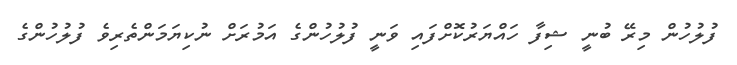
ފުލުހުން މިރޭ ބުނީ ޝިފާ ހައްޔަރުކޮށްފައި ވަނީ ފުލުހުންގެ އަމުރަށް ނުކިޔަމަންތެރިވެ ފުލުހުންގެ